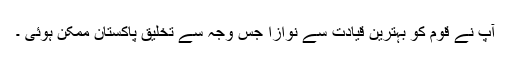
آپ نے قوم کو بہترین قیادت سے نوازا جس وجہ سے تخلیق پاکستان ممکن ہوئی ۔